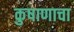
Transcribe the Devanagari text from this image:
कुषाणाचा